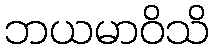
ဘယမာဝိသိ